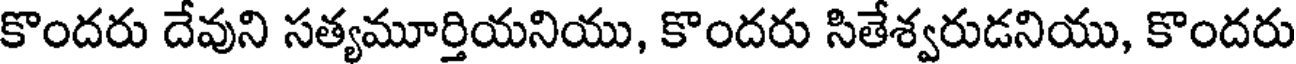
కొందరు దేవుని సత్యమూర్తియనియు, కొందరు సితేశ్వరుడనియు, కొందరు